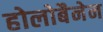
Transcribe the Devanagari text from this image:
होलोबैनेन